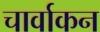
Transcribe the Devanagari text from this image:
चार्वाकन